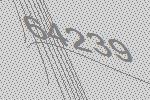
64239